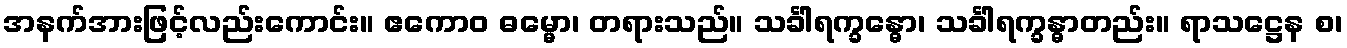
အနက်အားဖြင့်လည်းကောင်း။ ဧကောဝ ဓမ္မော၊ တရားသည်။ သင်္ခါရက္ခန္ဓော၊ သင်္ခါရက္ခန္ဓာတည်း။ ရာသဋ္ဌေန စ၊